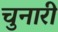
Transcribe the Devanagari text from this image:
चुनारी